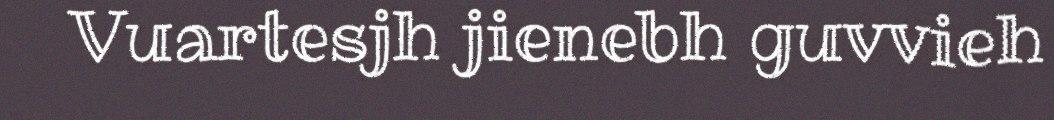
Vuartesjh jienebh guvvieh